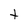
Character: t